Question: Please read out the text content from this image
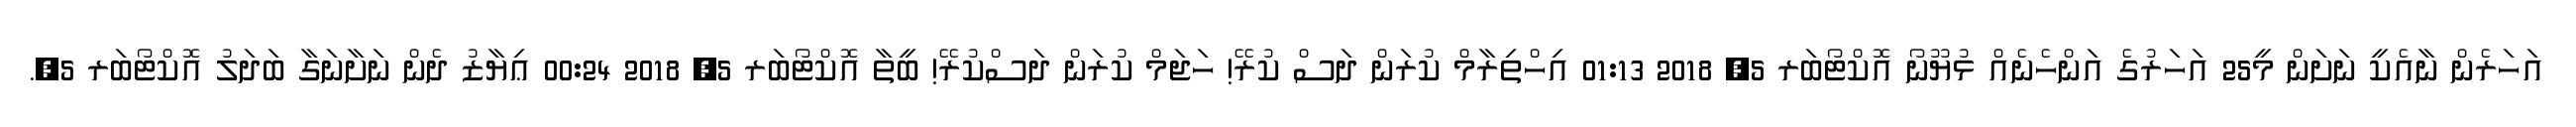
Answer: އަހަރެން ނާއެކީ ނަށަން މީ25 އަހަރުގެ އަންހެނެއް ޅުޔޫނޯ އޮކްޓޯބަރ 5, 2018 01:13 އިހްތިރާމް ކުރަން ދަސް ކުރޭ! ހަޖަމް ކުރަން ދަސްކުރޭ! ބީތާ އޮކްޓޯބަރ 5, 2018 00:24 ޢިޔާޒު ދެން ނަށާނަގާ ބަދަލު އޮކްޓޯބަރ 5,.